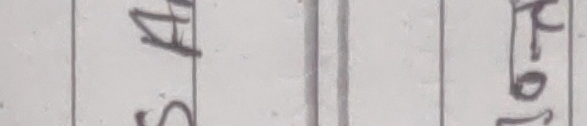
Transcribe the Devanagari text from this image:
स. फा
१७-०९